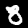
Digit: 8